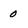
Character: 0